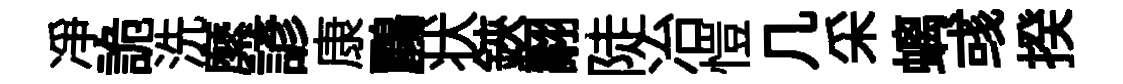
净詭洗縻諺康鸝状鋏翿陡冶愷几采螭彧揆